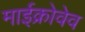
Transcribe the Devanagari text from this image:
माईक्रोवेव